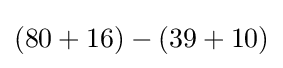
(80+16)-(39+10)